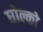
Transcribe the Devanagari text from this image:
घोल्को